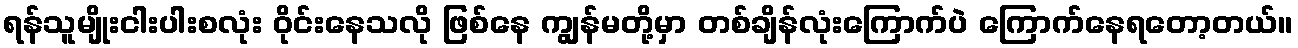
ရန်သူမျိုးငါးပါးစလုံး ဝိုင်းနေသလို ဖြစ်နေ ကျွန်မတို့မှာ တစ်ချိန်လုံးကြောက်ပဲ ကြောက်နေရတော့တယ်။